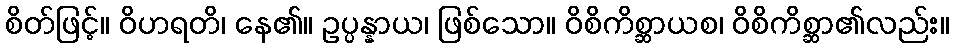
စိတ်ဖြင့်။ ဝိဟရတိ၊ နေ၏။ ဥပ္ပန္နာယ၊ ဖြစ်သော။ ဝိစိကိစ္ဆာယစ၊ ဝိစိကိစ္ဆာ၏လည်း။